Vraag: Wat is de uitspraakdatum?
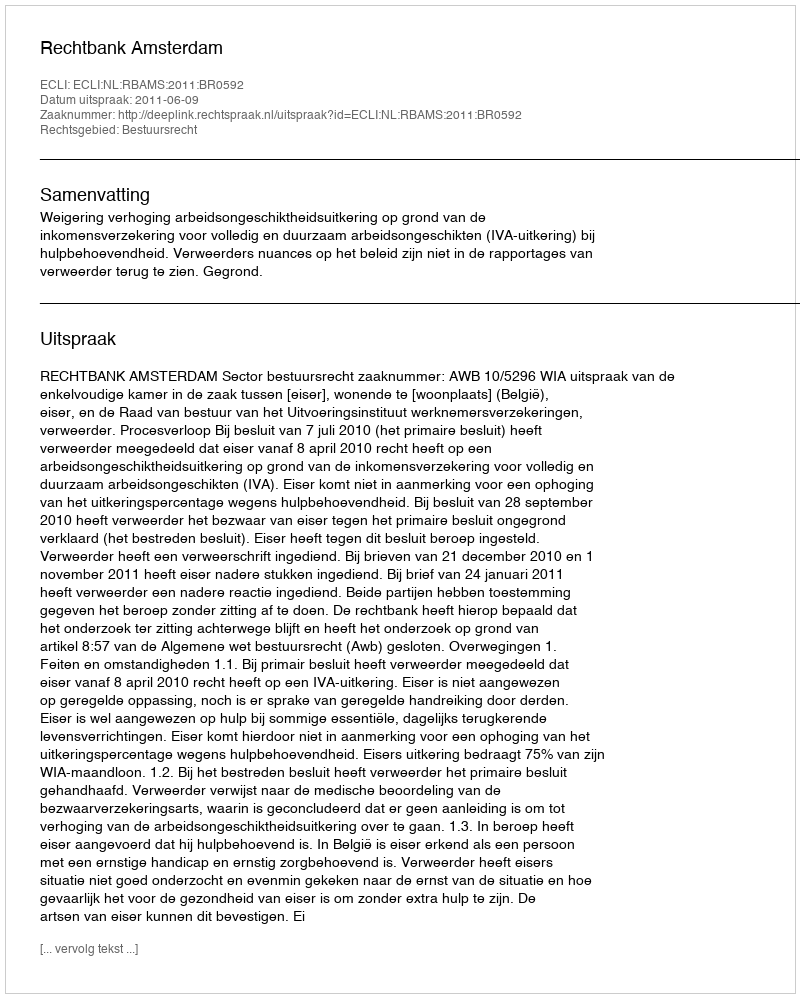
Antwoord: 2011-06-09